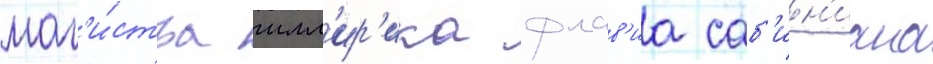
маг'и́стра илл'ир'ика флав'иа саб'ин'иана